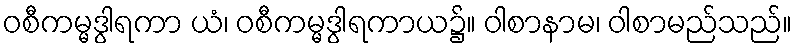
ဝစီကမ္မဒွါရကာ ယံ၊ ဝစီကမ္မဒွါရကာယ၌။ ဝါစာနာမ၊ ဝါစာမည်သည်။